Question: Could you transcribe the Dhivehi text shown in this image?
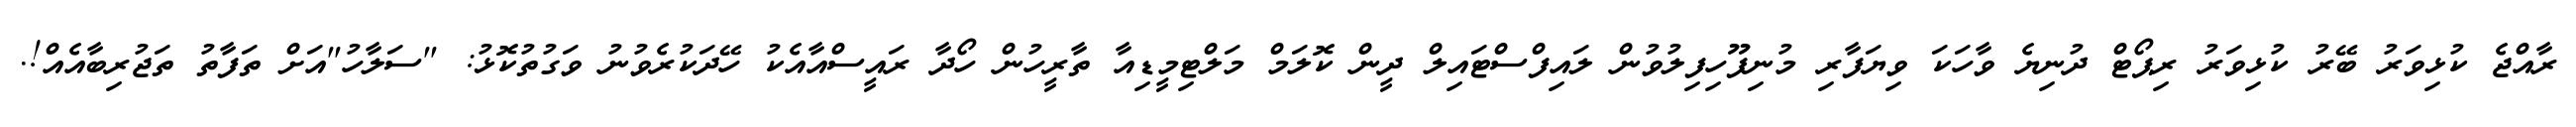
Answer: ރާއްޖެ ކުޅިވަރު ބޭރު ކުޅިވަރު ރިޕޯޓް ދުނިޔެ ވާހަކަ ވިޔަފާރި މުނިފޫހިފިލުވުން ލައިފްސްޓައިލް ދީން ކޮލަމް މަލްޓިމީޑިއާ ތާރީހުން ހޯދާ ރައީސްއާއެކު ހޭދަކުރެވުނު ވަގުތުކޮޅު: "ސަލާހު"އަށް ތަފާތު ތަޖުރިބާއެއް!.